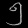
Digit: ၅